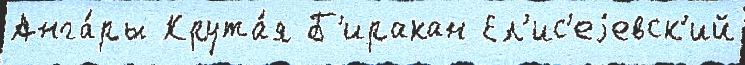
Анга́ры Крута́я Б'иракан Ел'ис'еjевск'ий